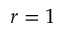
r = 1